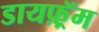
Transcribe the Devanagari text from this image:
डायफ़्रॅम